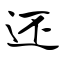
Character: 还